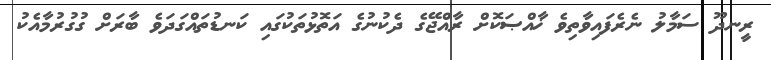
ރީނދޫ ސަމާލު ނެރެފައިވާތިވެ ޚާއްޞަކޮށް ރާއްޖޭގެ ދެކުނުގެ އަތޮޅުތަކުގައި ކަނޑުތައްގަދަވެ ބާރަށް ގުގުރުމާއެކު